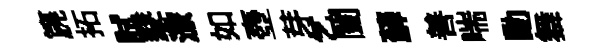
篪拓試鼕潦如壺芽乞闔蘚善喘動舞